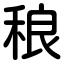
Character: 稂